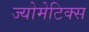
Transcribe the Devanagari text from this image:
ज्योमेटिक्स